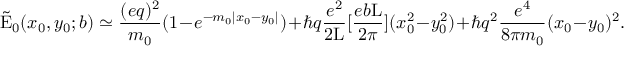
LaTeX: \tilde { \mathrm { E } } _ { 0 } ( x _ { 0 } , y _ { 0 } ; b ) \simeq \frac { ( e q ) ^ { 2 } } { m _ { 0 } } ( 1 - e ^ { - m _ { 0 } | x _ { 0 } - y _ { 0 } | } ) + \hbar q \frac { e ^ { 2 } } { 2 \mathrm { L } } [ \frac { e b \mathrm { L } } { 2 \pi } ] ( x _ { 0 } ^ { 2 } - y _ { 0 } ^ { 2 } ) + \hbar q ^ { 2 } \frac { e ^ { 4 } } { 8 \pi m _ { 0 } } ( x _ { 0 } - y _ { 0 } ) ^ { 2 } .